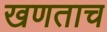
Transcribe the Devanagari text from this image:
खणताच